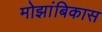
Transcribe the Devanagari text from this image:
मोझांबिकास